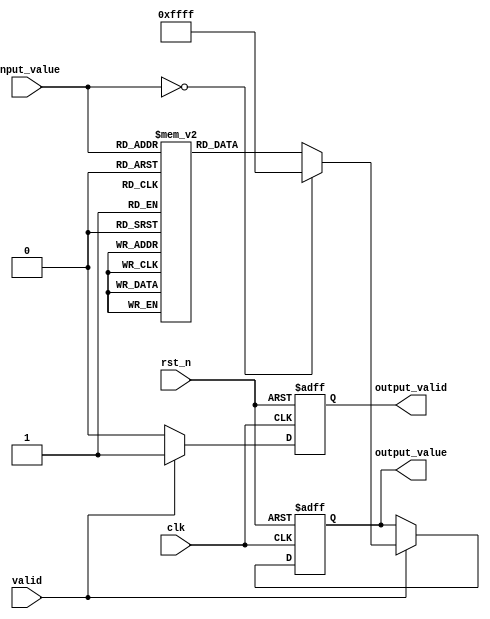
module lut_reciprocal (
    input wire clk,               // Clock input
    input wire rst_n,             // Active low reset
    input wire [7:0] input_value, // 8-bit input value
    input wire valid,             // Input valid signal
    output reg [15:0] output_value, // 16-bit output value for reciprocal
    output reg output_valid       // Output valid signal
);

    // Lookup table for reciprocal values (precomputed)
    reg [15:0] lut [0:255]; // 256 entries for 8-bit input

    // Initialize the LUT with reciprocal values
    initial begin
        // Fill the LUT with precomputed reciprocal values
        // For example: lut[0] = 16'hFFFF; // Undefined (reciprocal of 0)
        // lut[1] = 16'h10000; // 1.0 in fixed-point
        // lut[2] = 16'h8000; // 0.5 in fixed-point
        // ... (fill in other values)
        // This should be done with actual reciprocal values.
        // For simplicity, let's assume the values are filled correctly.
        // Example values:
        lut[1] = 16'h10000; // 1.0
        lut[2] = 16'h8000;  // 0.5
        lut[3] = 16'h5555;  // 0.3333
        // ... continue filling the LUT
        // lut[255] = 16'h0001; // Approximation for very small values
    end

    // Control logic
    always @(posedge clk or negedge rst_n) begin
        if (!rst_n) begin
            output_value <= 16'h0000; // Reset output
            output_valid <= 1'b0;      // Reset output valid
        end else if (valid) begin
            if (input_value == 8'h00) begin
                output_value <= 16'hFFFF; // Undefined reciprocal for 0
                output_valid <= 1'b1;      // Indicate output is valid
            end else begin
                output_value <= lut[input_value]; // Get reciprocal from LUT
                output_valid <= 1'b1;              // Indicate output is valid
            end
        end else begin
            output_valid <= 1'b0; // Clear output valid if input is not valid
        end
    end

endmodule